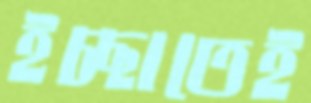
ইচ্ছাতেই